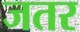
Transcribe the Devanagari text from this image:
जतर